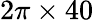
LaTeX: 2\pi\times 40